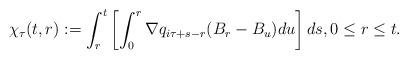
LaTeX: \begin{align*}\chi_{\tau}(t,r):=\int_r^t\left[ \int_0^r \nabla q_{i\tau +s-r}(B_r-B_u)du\right]ds,0\le r\le t.\end{align*}